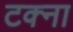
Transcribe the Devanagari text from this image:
टक्ना